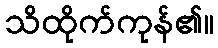
သိထိုက်ကုန်၏။